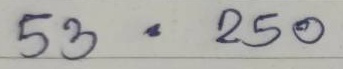
53 = 250